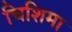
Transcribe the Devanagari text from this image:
चिशिमा